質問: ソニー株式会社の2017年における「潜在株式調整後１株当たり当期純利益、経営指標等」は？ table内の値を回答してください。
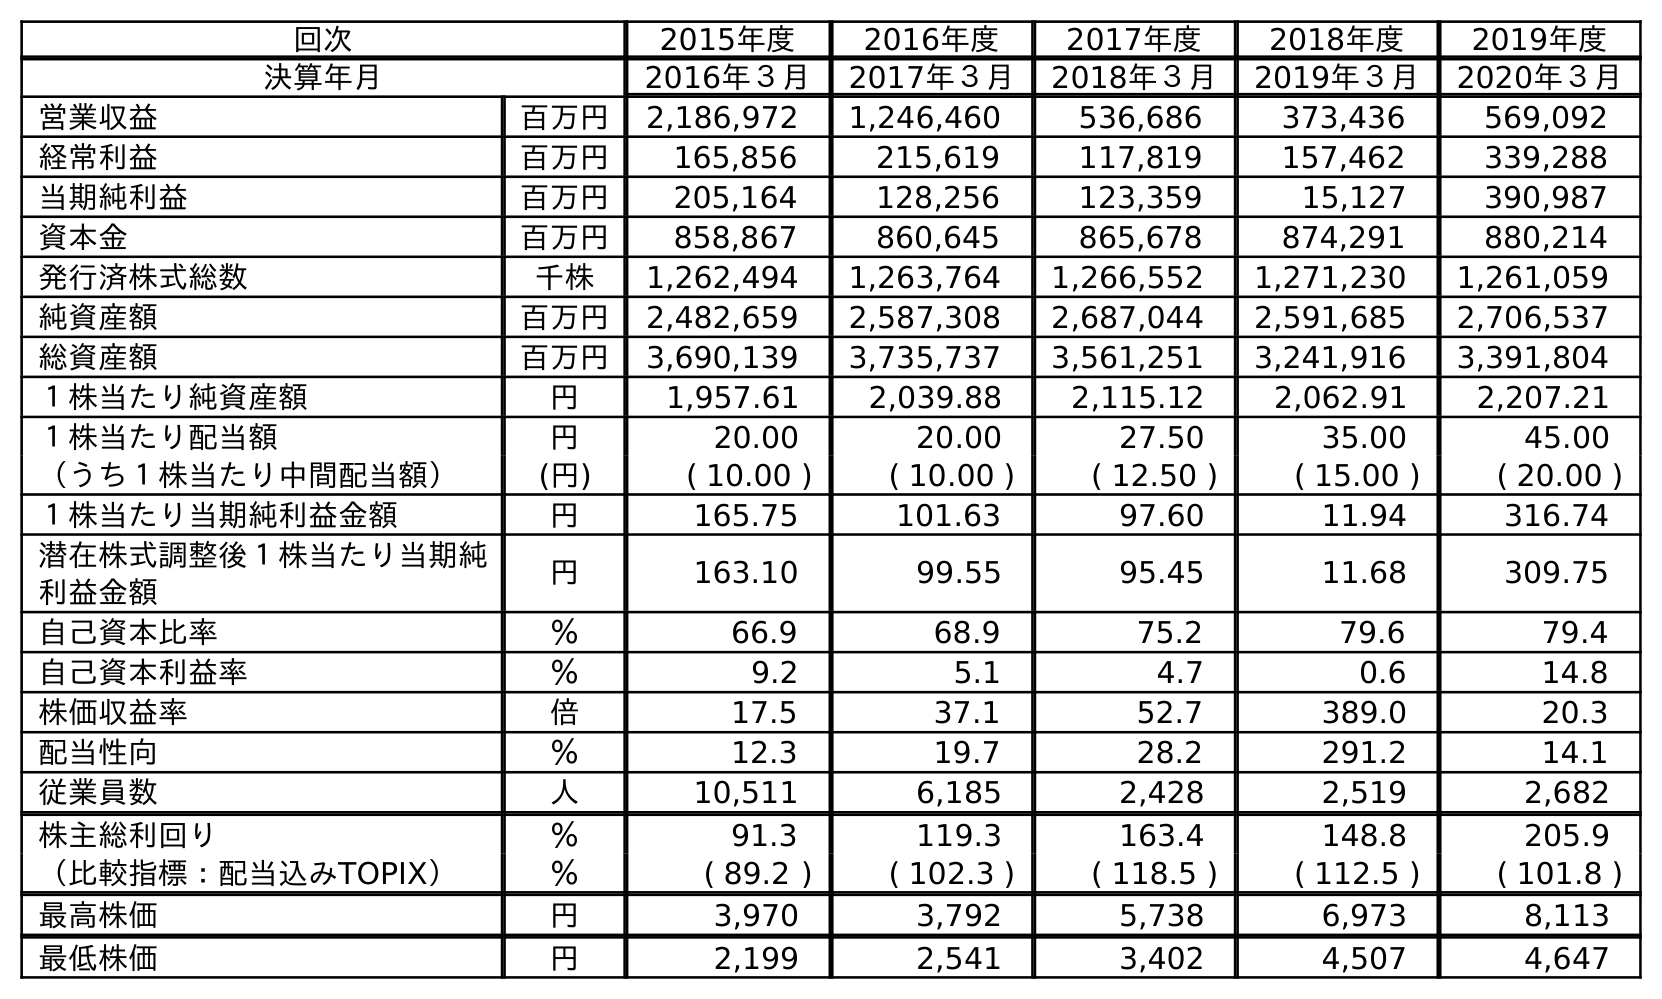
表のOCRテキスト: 回次 2015年度 2016年度 2017年度 2018年度 2019年度 決算年月 2016年３月 2017年３月 2018年３月 2019年３月 2020年３月 営業収益 百万円 2,186,972 1,246,460 536,686 373,436 569,092 経常利益 百万円 165,856 215,619 117,819 157,462 339,288 当期純利益 百万円 205,164 128,256 123,359 15,127 390,987 資本金 百万円 858,867 860,645 865,678 874,291 880,214 発行済株式総数 千株 1,262,494 1,263,764 1,266,552 1,271,230 1,261,059 純資産額 百万円 2,482,659 2,587,308 2,687,044 2,591,685 2,706,537 総資産額 百万円 3,690,139 3,735,737 3,561,251 3,241,916 3,391,804 １株当たり純資産額 円 1,957.61 2,039.88 2,115.12 2,062.91 2,207.21 １株当たり配当額 円 20.00 20.00 27.50 35.00 45.00 （うち１株当たり中間配当額） (円) ( 10.00 ) ( 10.00 ) ( 12.50 ) ( 15.00 ) ( 20.00 ) １株当たり当期純利益金額 円 165.75 101.63 97.60 11.94 316.74 潜在株式調整後１株当たり当期純 利益金額 円 163.10 99.55 95.45 11.68 309.75 自己資本比率 ％ 66.9 68.9 75.2 79.6 79.4 自己資本利益率 ％ 9.2 5.1 4.7 0.6 14.8 株価収益率 倍 17.5 37.1 52.7 389.0 20.3 配当性向 ％ 12.3 19.7 28.2 291.2 14.1 従業員数 人 10,511 6,185 2,428 2,519 2,682 株主総利回り ％ 91.3 119.3 163.4 148.8 205.9 （比較指標：配当込みTOPIX） ％ ( 89.2 ) ( 102.3 ) ( 118.5 ) ( 112.5 ) ( 101.8 ) 最高株価 円 3,970 3,792 5,738 6,973 8,113 最低株価 円 2,199 2,541 3,402 4,507 4,647
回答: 99.55